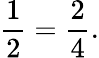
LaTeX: {\frac{1}{2}}={\frac{2}{4}}.